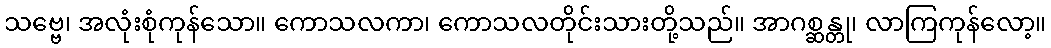
သဗ္ဗေ၊ အလုံးစုံကုန်သော။ ကောသလကာ၊ ကောသလတိုင်းသားတို့သည်။ အာဂစ္ဆန္တု၊ လာကြကုန်လော့။